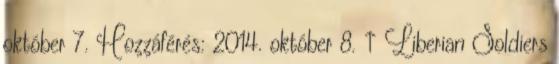
október 7. Hozzáférés: 2014. október 8. ↑ Liberian Soldiers